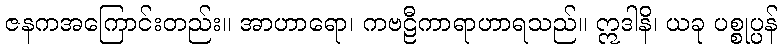
ဇနကအကြောင်းတည်း။ အာဟာရော၊ ကဗဠီကာရာဟာရသည်။ ဣဒါနိ၊ ယခု ပစ္စုပ္ပန်